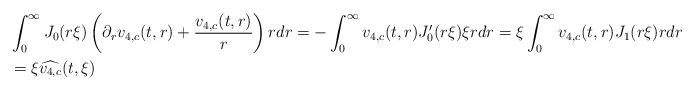
LaTeX: \begin{align*} &\int_{0}^{\infty} J_{0}(r \xi) \left(\partial_{r}v_{4,c}(t,r) + \frac{v_{4,c}(t,r)}{r}\right) r dr = -\int_{0}^{\infty} v_{4,c}(t,r) J_{0}'(r\xi) \xi r dr = \xi \int_{0}^{\infty} v_{4,c}(t,r) J_{1}(r\xi) r dr \\&=\xi \widehat{v_{4,c}}(t,\xi)\end{align*}